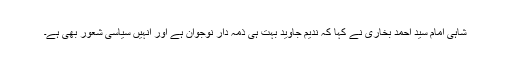
شاہی امام سید احمد بخاری نے کہا کہ ندیم جاوید بہت ہی ذمہ دار نوجوان ہے اور انہیں سیاسی شعور بھی ہے۔